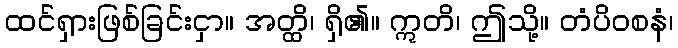
ထင်ရှားဖြစ်ခြင်းငှာ။ အတ္ထိ၊ ရှိ၏။ ဣတိ၊ ဤသို့။ တံပိဝစနံ၊